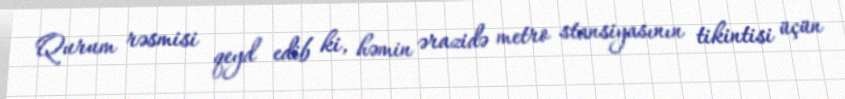
Qurum rəsmisi qeyd edib ki, həmin ərazidə metro stansiyasının tikintisi üçün